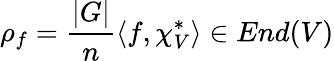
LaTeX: \rho_{f}={\frac{|G|}{n}}\langle f,\chi_{V}^{*}\rangle\in End(V)